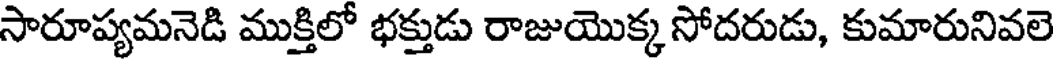
సారూప్యమనెడి ముక్తిలో భక్తుడు రాజుయొక్క సోదరుడు, కుమారునివలె